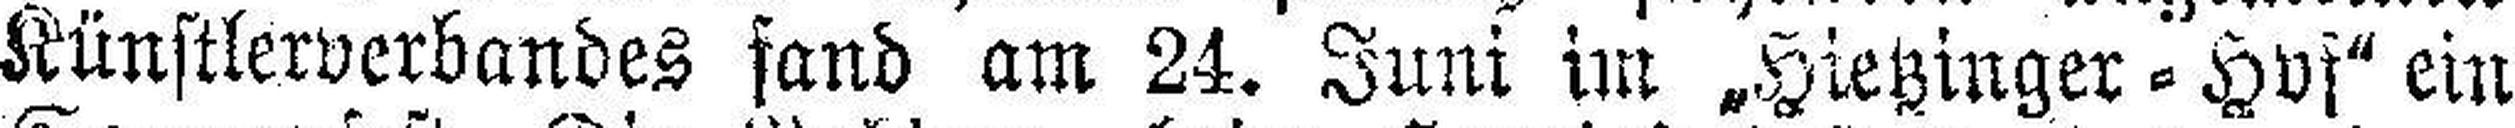
Künstlerverbandes fand am 24. Juni im „Hietzinger = Hvf" ein